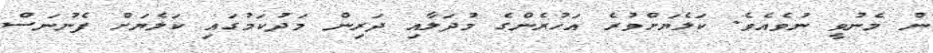
ން މެނުވީ ނުވެއެވެ. ކަލެޔަށްވުރެ އަހުރެންގެ މުދަލާއި ދަރިން މަދުކަމުގައި ކަލެޔަށް ފެނުނަސް